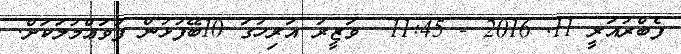
ފެބްރުއަރީ 11